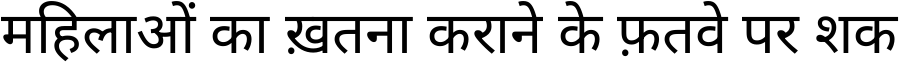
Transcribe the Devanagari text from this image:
महिलाओं का ख़तना कराने के फ़तवे पर शक